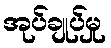
အုပ်ချုပ်မှု